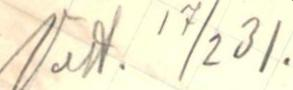
Vast. 17/2 31.